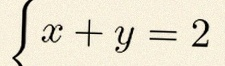
\{ x+y=2